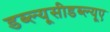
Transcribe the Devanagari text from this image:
डब्ल्यूसीडब्ल्यूए